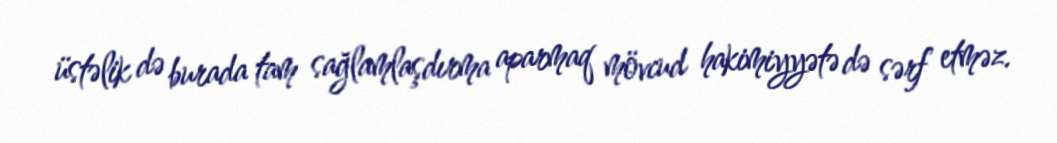
üstəlik də burada tam sağlamlaşdırma aparmaq mövcud hakimiyyətə də sərf etməz.